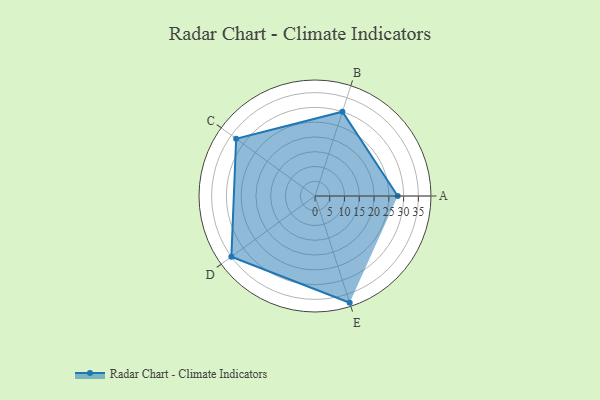
{"axis": {"x": "Skill", "y": "Score"}, "legend": ["Profile"], "data": [{"x": "A", "y": 28.0, "type": "Profile"}, {"x": "B", "y": 30.0, "type": "Profile"}, {"x": "C", "y": 33.0, "type": "Profile"}, {"x": "D", "y": 35.0, "type": "Profile"}, {"x": "E", "y": 38.0, "type": "Profile"}]}